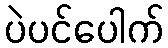
ပဲပင်ပေါက်